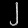
Digit: ၂